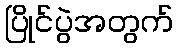
ပြိုင်ပွဲအတွက်